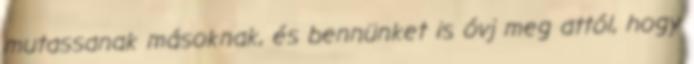
mutassanak másoknak, és bennünket is óvj meg attól, hogy